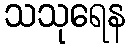
သသုရေန